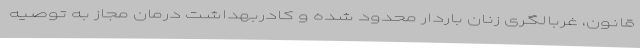
قانون، غربالگری زنان باردار محدود شده و کادربهداشت درمان مجاز به توصیه